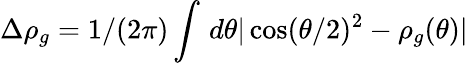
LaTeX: \Delta\rho_{g}=1/(2\pi)\int\, d\theta{|\cos(\theta/2)^{2}-\rho_{g}(\theta)|}